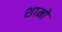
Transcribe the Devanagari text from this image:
शामो